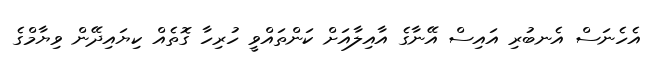
އެހެނަސް އެނބުރި އައިސް އޭނާގެ އާއިލާއަށް ކަންތައްވީ ހުރިހާ ގޮތެއް ކިޔައިދޭން ވިޔާމްގެ